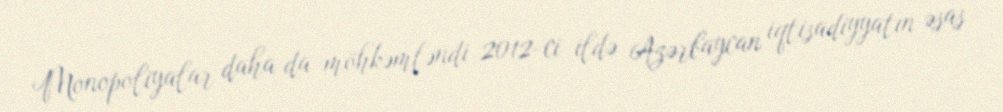
Monopoliyalar daha da möhkəmləndi 2012-ci ildə Azərbaycan iqtisadiyyatın əsas